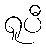
ရူပီ